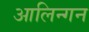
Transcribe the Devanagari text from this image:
आलिन्गन